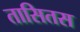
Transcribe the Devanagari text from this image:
तासितस